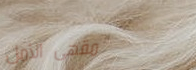
مقهى الأمل